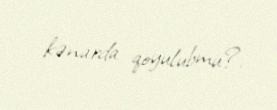
kənarda qoyulubmu?.